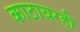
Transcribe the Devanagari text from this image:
काठावरही